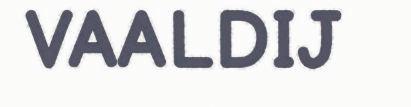
VAALDIJ